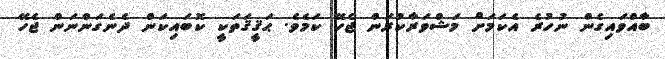
ބާއްވައިގެން ނުހުރެ އެކަމަށް މަޝްވަރާކުރަން ޖެހޭ ކަމެވެ. ޙަޤީޤަތަކީ ކޮބައިކަން ދެނެގަންނަން ޖެހޭ